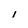
Character: 1